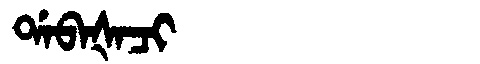
Manchu: ᡩᠠᠪᠠᡧᠠᠴᡳ
Romanization: DABAŠACI